Rasina_vallavalitsus, lk 3
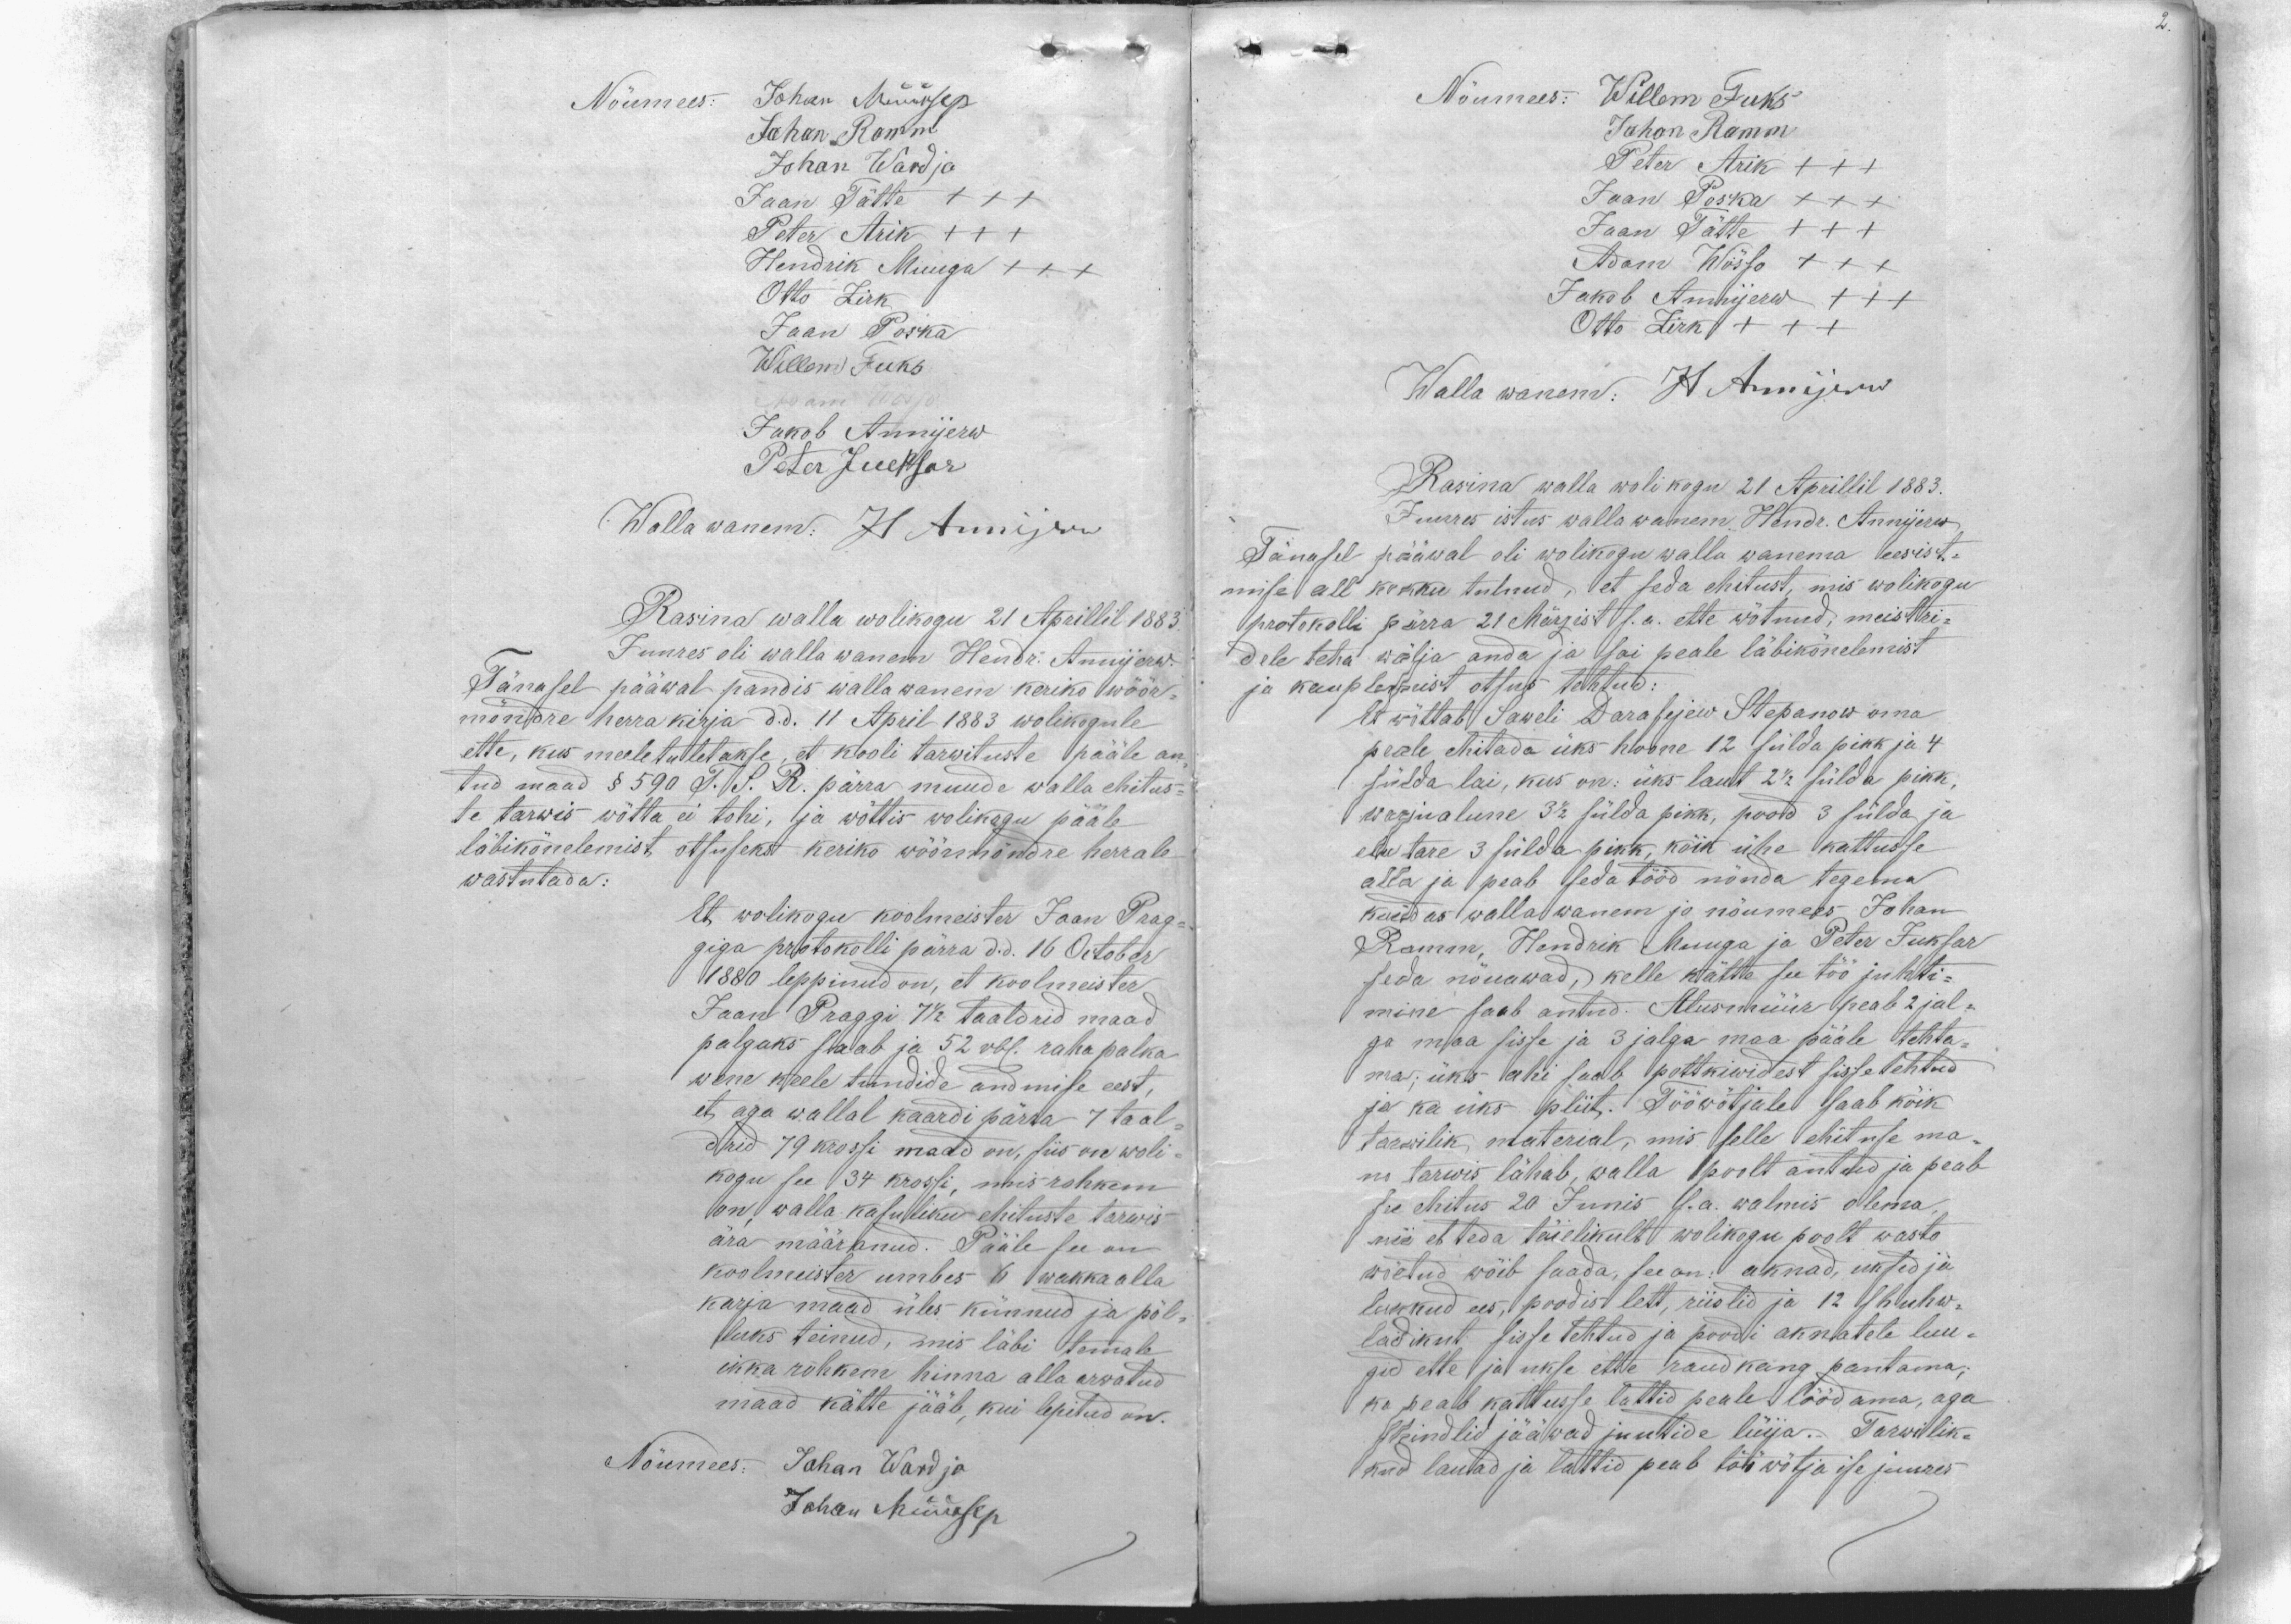
Nõumees: Johan Müürsep
Johan Romm
Johan Wardja
Jaan Tätte XXX
Peter Arik +++
Hendrik Muuga XXX
Otto Zirk
Jaan Poska
Willem Fuks
Jakob Annijerw
Peter Jueksar
Wallawanem: H Annijerw
Rasina walla wolikogu 21 Aprillil 1883.
Juures oli walla wanem Hendr. Annijerw.
Tänasel pääwal pandis walla wanem keriko wöör-
möndre herra kirja d.d. 11 April 1883 wolikogule
ette, kus meeletuletakse, et kooli tarwituste pääle an-
tud maad § 590 T. S. R. pärra muude walla ehitus-
te tarwis wõtta ei tohi, ja wõttis wolikogu pääle
läbikõnelemist otsuseks keriko wöörmöndre herrale
wastutada:
Et wolikogu koolmeister Jaan Prag-
giga protokolli pärra d.d. 16 October
1880 leppinud on, et koolmeister
Jaan Praggi 7 1/2 taaldrid maad
palgaks saab ja 52 rbl. rahapalka
wene keele tundide andmise eest,
et aga wallal kaardi pärra 7 taal-
drid 79 krossi maad on, siis on woli-
kogu see 34 krossi, mis rohkem
on, walla kasuliku ehituste tarwis
ära määranud. Pääle see on
koolmeister umbes 6 wakka alla
karja maad üles künnud ja põl-
luks teinud, mis läbi temale
ikka rohkem hinna alla arwatud
maad kätte jääb, kui lepitud on.
Nõumees: Johan Wardja
Johan Müürsep

Nõumees: Willem Fuks
Juhan Ramm
Peter Arik +++
Jaan Poska XXX
Jaan Tätte +++
Adam Wõsso XXX
Jakob Annijerw +++
Otto Zirk +++
Walla wanem: H Annijerw
Rasina walla wolikogu 21 Aprillil 1883.
Juures istus walla wanem Hendr. Annijerw
Tänasel pääwal oli wolikogu walla wanema eesist-
mise all kokku tulnud, et seda ehitust, mis wolikogu
protokolli pärra 21 Märzist s.a. ette wõtnud, meistri-
dele teha wälja anda ja sai peale läbikõnelemist
ja kauplemist otsus tehtud:
Et wõttab Saweli Darafejew Stepanow oma
peale ehitada üks hoone 12 sülda pikk ja 4
sülda lai, kus on: üks laut 2 1/2 sülda pikk,
warjualune 3 1/2 sülda pikk, pood 3 sülda ja
elu tare 3 sülda pikk, kõik ühe kattusse
alla ja peab seda tööd nõnda tegema
kuidas walla wanem ja nõumees Johan
Ramm, Hendrik Muuga ja Peter Juksar
seda nõuawad, kelle kätte see töö juhti-
mine saab antud. Alusmüür peab 2 jal-
ga maa sisse ja 3 jalga maa pääle tehta-
ma; üks ahi saab pottkiwidest sissetehtud
ja ka üks pliit. Tööwõtjale saab kõik
tarwilik material, mis selle ehituse ma
no tarwis lähab, walla poolt antud ja peab
see ehitus 20 Junis s.a. walmis olema,
nii et teda täielikult wolikogu poolt wasto
wõetud wõib saada, see on: aknad, uksed ja
lukkud ees, poodist lett, riislid ja 12 shuhw-
ladikut sisse tehtud ja poodi aknatele luu-
gid ette ja ukse ette raudkang pantama;
ka peab kattusse lattid peale löödama, aga
shindlid jääwad juutide lüija. Tarwilik-
kud lauad ja lattid peab tööwõtja ise juures